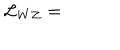
\mathcal { L } _ { W Z } =